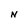
Character: N